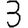
Digit: 3